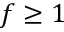
f \geq 1